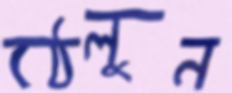
ঠেলুন